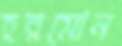
হরমোন